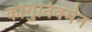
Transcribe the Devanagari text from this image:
कोंगुनिवर्मन